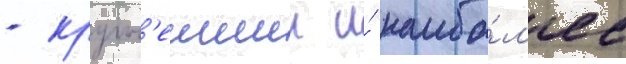
- крупн'еишии и́ наибо́л'ее